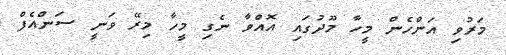
މަރުވި އަންހެން މީހާ މޫދުގައި އޮއްވާ ނެގި މީހާ މިރޭ ވަނީ ސަންއެފް